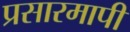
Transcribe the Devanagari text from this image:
प्रसारमापी